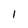
Character: l